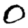
Digit: 0